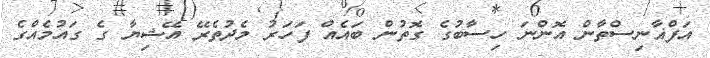
އަފްޣާނިސްތާން އޮންނަ ހިސާބުގެ ގޮތުން ބައެއް ފަހަރު މެދުތެރޭ އޭޝިޔާ ގެ ގައުމެއްގެ